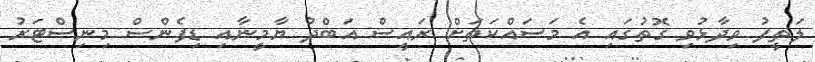
ލަތީފު ވިދާޅުވި ގޮތުގައި އެ މަސައްކަތަށް ރައީސް އަބްދު ޔާމީނާއި ޑިފެންސް މިނިސްޓަރު